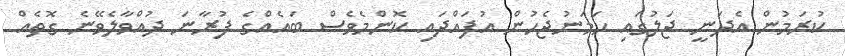
ކުރަމުން އެދަނީ ޖަލުގައި ހަމަނުޖެހުން އުފައްދައި ކޮންމެވެސް ބައެއްގެ ފުރާނަ ދުއްވާލެވޭނެ ގޮތެއް